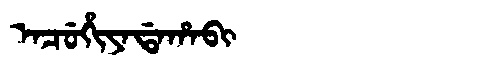
Manchu: ᠠᠴᡠᡥᡳᠶᠠᡩᠠᡥᠠᠪᡳ
Romanization: ACUHIYADAHABI